Indian journal of veterinary science and animal husbandry - Volumes 22-23, 1952-1953
Year: 1952
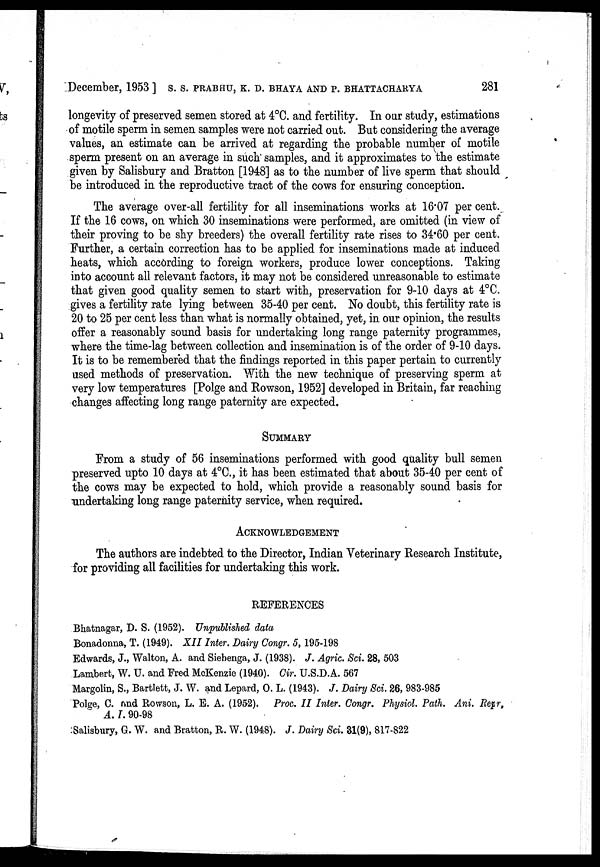
December, 1953] S. S. PRABHU, K. D. BHAYA AND P. BHATTACHARYA 281
longevity of preserved semen stored at 4ºC. and fertility. In our study, estimations
of motile sperm in semen samples were not carried out. But considering the average
values, an estimate can be arrived at regarding the probable number of motile
sperm present on an average in such samples, and it approximates to the estimate
given by Salisbury and Bratton [1948] as to the number of live sperm that should
be introduced in the reproductive tract of the cows for ensuring conception.
The average over-all fertility for all inseminations works at 16.07 per cent.
If the 16 cows, on which 30 inseminations were performed, are omitted (in view of
their proving to be shy breeders) the overall fertility rate rises to 34.60 per cent.
Further, a certain correction has to be applied for inseminations made at induced
heats, which according to foreign workers, produce lower conceptions. Taking
into account all relevant factors, it may not be considered unreasonable to estimate
that given good quality semen to start with, preservation for 9-10 days at 4ºC.
gives a fertility rate lying between 35-40 per cent. No doubt, this fertility rate is
20 to 25 per cent less than what is normally obtained, yet, in our opinion, the results
offer a reasonably sound basis for undertaking long range paternity programmes,
where the time-lag between collection and insemination is of the order of 9-10 days.
It is to be remembered that the findings reported in this paper pertain to currently
used methods of preservation. With the new technique of preserving sperm at
very low temperatures [Polge and Rowson, 1952] developed in Britain, far reaching
changes affecting long range paternity are expected.
SUMMARY
From a study of 56 inseminations performed with good quality bull semen
preserved upto 10 days at 4ºC., it has been estimated that about 35-40 per cent of
the cows may be expected to hold, which provide a reasonably sound basis for
undertaking long range paternity service, when required.
ACKNOWLEDGEMENT
The authors are indebted to the Director, Indian Veterinary Research Institute,
for providing all facilities for undertaking this work.
REFERENCES
Bhatnagar, D. S. (1952). Unpublished data
Bonadonna, T. (1949). XII Inter. Dairy Congr. 5, 195-198
Edwards, J., Walton, A. and Siebenga, J. (1938). J. Agric. Sci. 28, 503
Lambert, W. U. and Fred McKenzie (1940). Cir. U.S.D.A. 567
Margolin, S., Bartlett, J. W. and Lepard, O. L. (1943). J. Dairy Sci. 26, 983-985
Polge, C. and Rowson, L. E. A. (1952). Proc. II Inter. Congr. Physiol. Path. Ani. Repr,
A. I. 90-98
Salisbury, G. W. and Bratton, R. W. (1948). J. Dairy Sci. 31(9), 817-822